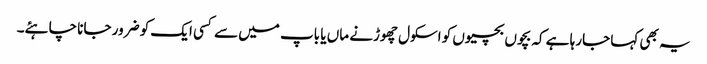
یہ بھی کہا جارہا ہے کہ بچوں بچیوں کو اسکول چھوڑنے ماں یا باپ میں سے کسی ایک کو ضرور جانا چاہئے۔